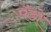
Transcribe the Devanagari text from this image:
पॅंड़ो